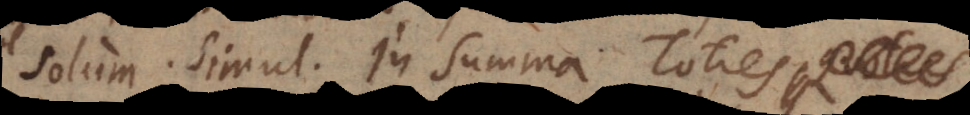
Solum. Simul. In Summa. Toties,